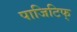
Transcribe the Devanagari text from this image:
पाजिटिफ्